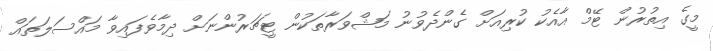
މީގެ އިތުރުން ޓޭމް އާއެކު ކުރިއަށް ގެންދެވުނު މަޝްވަރާތަކުން ޓީޗަރުންނަށް ދިމާވެފައިވާ މައްސަލަތައް